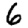
Digit: 6